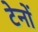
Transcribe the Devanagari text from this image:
टेनों